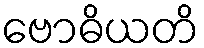
ဗောဓိယတိ